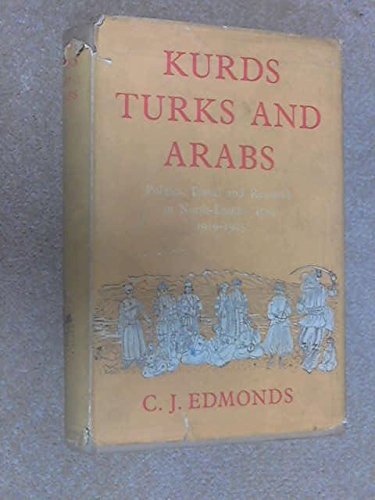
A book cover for Kurds Turks and Arabs: Politics, Travel and Research in North-Eastern Iraq 1919-1925; C.J. Edmonds; Travel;